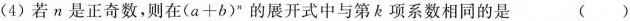
(4)若n是正奇数，则在$$(a+b)^{n}$$的展开式中与第k项系数相同的是 ()